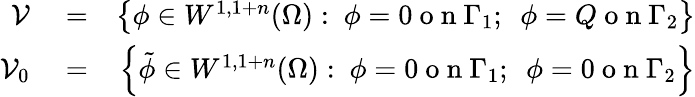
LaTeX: \begin{array}{rlr}{\mathcal{V}}&{{}=}&{\left\{ \phi\in W^{1,1+n}(\Omega):~\phi=0\mathrm{~o~n~}\Gamma_{1};~~\phi=Q\mathrm{~o~n~}\Gamma_{2}\right\} }\\ {\mathcal{V}_{0}}&{{}=}&{\left\{ \tilde{\phi}\in W^{1,1+n}(\Omega):~\phi=0\mathrm{~o~n~}\Gamma_{1};~~\phi=0\mathrm{~o~n~}\Gamma_{2}\right\} }\end{array}